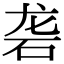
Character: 砻